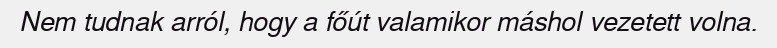
Nem tudnak arról, hogy a főút valamikor máshol vezetett volna.